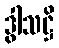
ဒွါသဋ္ဌိ